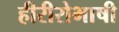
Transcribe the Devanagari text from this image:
हीरीरोभाषी